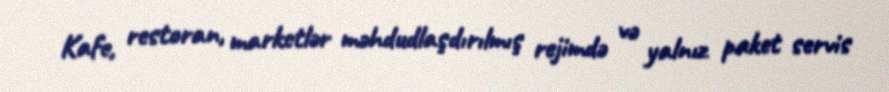
Kafe, restoran, marketlər məhdudlaşdırılmış rejimdə və yalnız paket servis